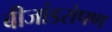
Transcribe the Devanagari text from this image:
बीजांडरोपण